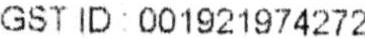
GST ID: 001921974272